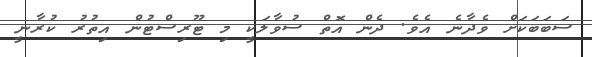
ސަބަބަކަށް ވެދާނެ އެވެ. ދެން އޮތް ސުވާލަކީ މި ޓޫރިސްޓުން އިތުރު ކުރާނީ